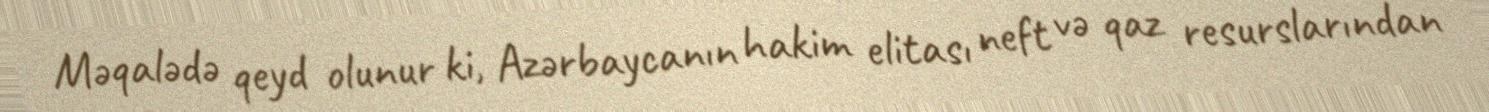
Məqalədə qeyd olunur ki, Azərbaycanın hakim elitası neft və qaz resurslarından